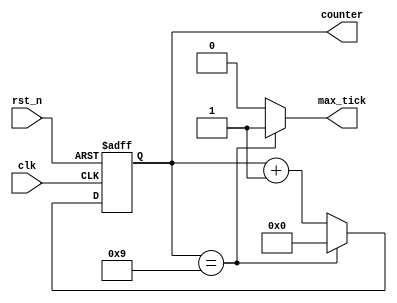
/*
Listing 4.11 in the book FPGA prototyping with Verilog examples
page 95 (128 in pdf reader)

author (minor changes only): Farhan-tallman on GitHub
*/

module mod_m_counter
    #(parameter N = 4, // number of bits in counter
                MAX = 10 // max number of counts (the mod-MAX)
                )
    (
        input wire clk, rst_n,
        output wire max_tick,   // will be set for 1 clk cycle when max count is reached
        output wire [N-1:0] counter // current value of the counter
    );

    //signal declaration
    reg     [N-1:0] r_reg;  // register to hold the counter value
    wire    [N-1:0] r_next; // holds the next value to be written to the register above

    //BODY
    //====

    //the register
    always @(posedge clk or negedge rst_n) begin
        if(!rst_n)
            r_reg   <= 0;
        else
            r_reg   <= r_next;
    end

    // next state logic
    assign r_next = (r_reg == (MAX-1)) ? 0 : (r_reg+1);

    //assigning outputs
    assign max_tick = (r_reg == (MAX-1)) ? 1'b1 : 1'b0;
    assign counter = r_reg;
    
endmodule